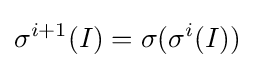
\sigma ^{i+1}(I)=\sigma (\sigma ^{i}(I))